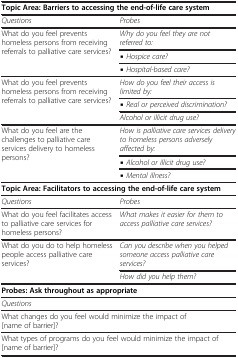
| <COLSPAN=2> Topic Area: Barriers to accessing the end-of-life care system |
 | --- | --- |
 | Questions | Probes |
 | <ROWSPAN=3> What do you feel prevents homeless persons from receiving referrals to palliative care services? | Why do you feel they are not referred to: |
 | ▪ Hospice care? |
 | ▪ Hospital-based care? |
 | <ROWSPAN=3> What do you feel prevents homeless persons from receiving referrals to palliative care services? | How do you feel their access is limited by: |
 | ▪ Real or perceived discrimination? |
 | Alcohol or illicit drug use? |
 | <ROWSPAN=3> What do you feel are the challenges to palliative care services delivery to homeless persons? | How is palliative care services delivery to homeless persons adversely affected by: |
 | ▪ Alcohol or illicit drug use? |
 | ▪ Mental illness? |
 | <COLSPAN=2> Topic Area: Facilitators to accessing the end-of-life care system |
 | Questions | Probes |
 | What do you feel facilitates access to palliative care services for homeless persons? | What makes it easier for them to access palliative care services? |
 | <ROWSPAN=2> What do you do to help homeless people access palliative care services? | Can you describe when you helped someone access palliative care services? |
 | How did you help them? |
 | <COLSPAN=2> Probes: Ask throughout as appropriate |
 | <COLSPAN=2> Questions |
 | <COLSPAN=2> What changes do you feel would minimize the impact of [name of barrier]? |
 | <COLSPAN=2> What types of programs do you feel would minimize the impact of [name of barrier]? |